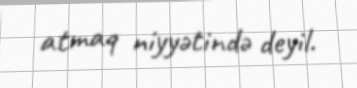
atmaq niyyətində deyil.